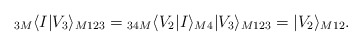
\begin{align*}{}_{3M}\langle I|V_3\rangle_{M123}={}_{34M}\langle V_2|I\rangle_{M4}|V_3\rangle_{M123}=|V_2\rangle_{M12}.\end{align*}